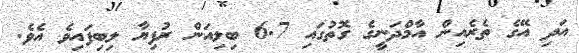
އަދި އޭގެ ތެރެއިން އާމްދަނީގެ ގޮތުގައި 6.7 ބިލިއަން ރުފިޔާ ލިބިފައިވެ އެވެ.